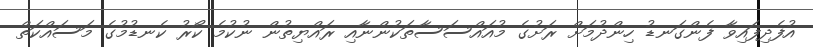
އުފެދިފައިވާ ފެންގަނޑު ހިންދުމަށް ރަށުގެ މުއައްސަސާތަކުންނާއި ރައްޔިތުން ނުކުމެ ކޯރު ކެނޑުމުގެ މަސައްކަތް